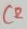
Text: C2